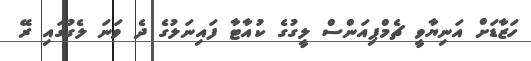
ހަޒާޑަށް އަނިޔާވީ ޗެމްޕިއަންސް ލީގުގެ ކުއާޓާ ފައިނަލުގެ ދެ ވަނަ ލެގުގައި ރޭ